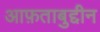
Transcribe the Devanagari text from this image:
आफ़ताबुद्दीन